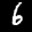
Label: 6